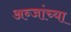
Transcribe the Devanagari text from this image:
अब्जांच्या